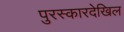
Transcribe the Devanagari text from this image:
पुरस्कारदेखिल